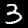
Digit: 3